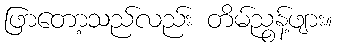
ဖြာတော့သည်လည်း တိမ်ညွန့်ဖျား။